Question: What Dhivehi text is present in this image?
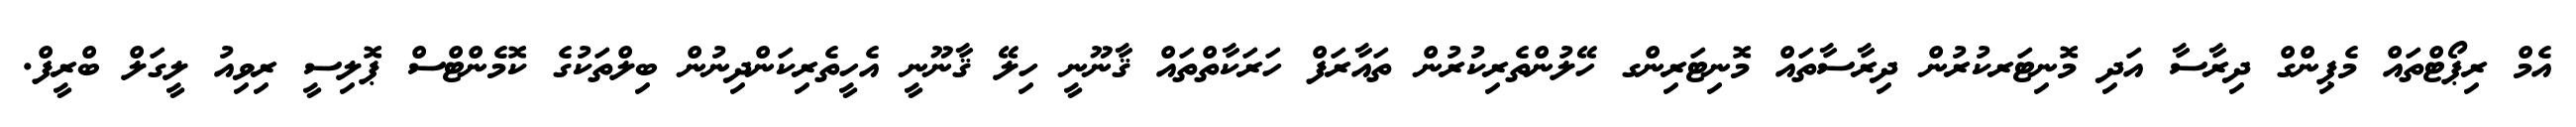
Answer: އެމް ރިޕޯޓްތައް މެޕިންގް ދިރާސާ އަދި މޮނިޓަރކުރުން ދިރާސާތައް މޮނިޓަރިންގ ހޭލުންތެރިކުރުން ތައާރަފް ހަރަކާތްތައް ޤާނޫނީ ހިލޭ ޤާނޫނީ އެހީތެރިކަންދިނުން ބިލްތަކުގެ ކޮމެންޓްސް ޕޮލިސީ ރިވިއު ލީގަލް ބްރީފް.